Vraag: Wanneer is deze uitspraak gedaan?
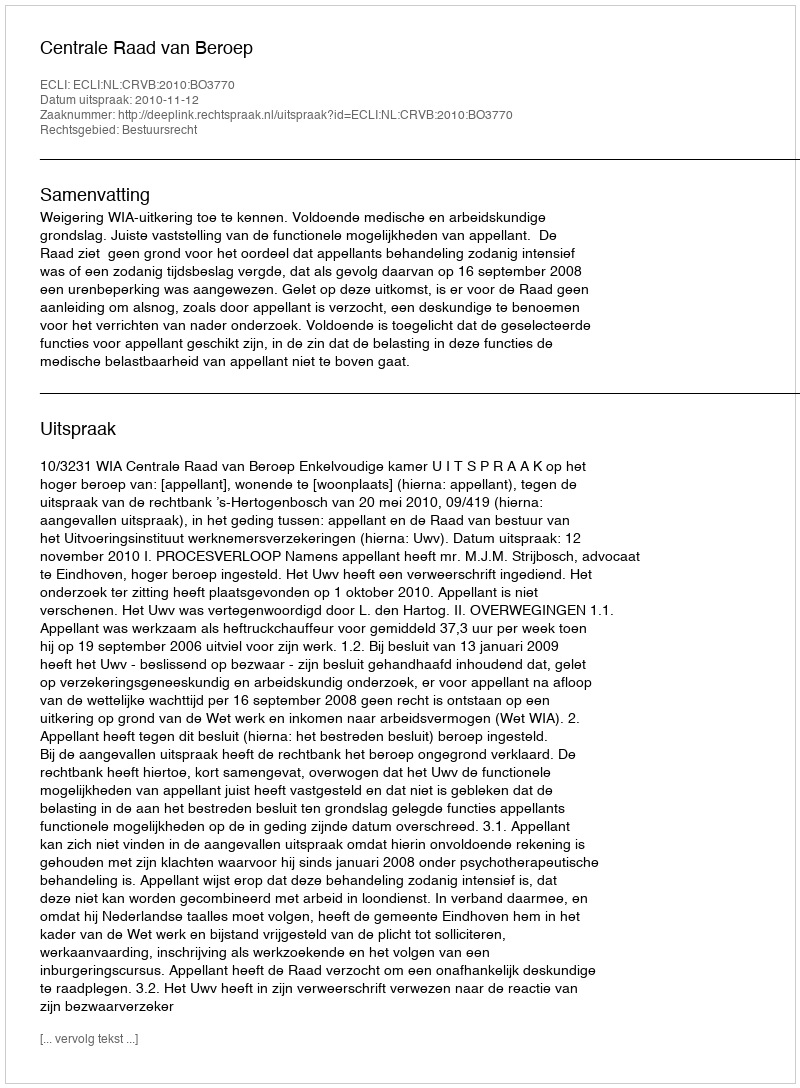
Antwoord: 2010-11-12